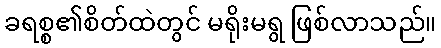
ခရစ္စ၏စိတ်ထဲတွင် မရိုးမရွ ဖြစ်လာသည်။